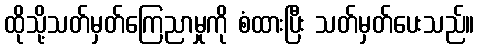
ထိုသို့သတ်မှတ်ကြေညာမှုကို စံထားပြီး သတ်မှတ်ပေးသည်။